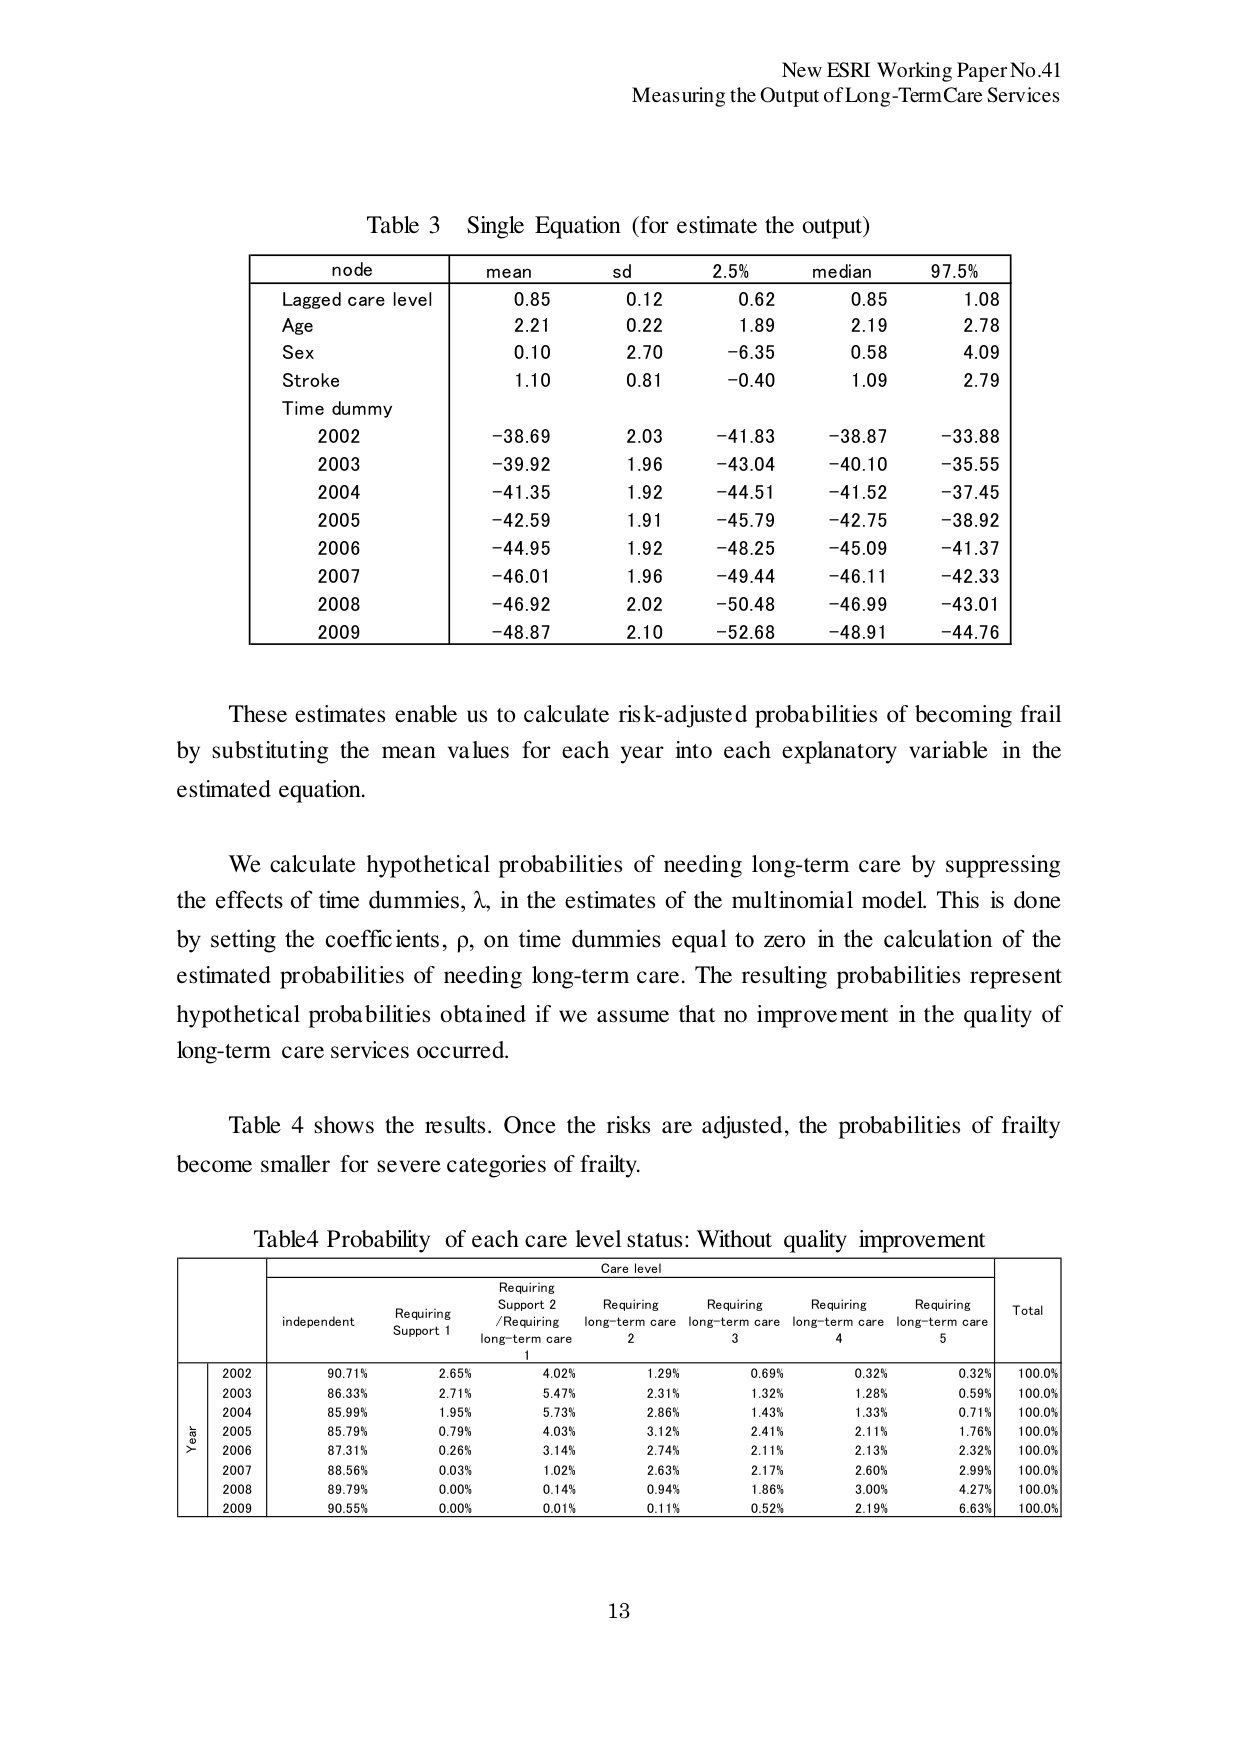
New ESRI Working Paper No.41
Measuring the Output of Long-Term Care Services

Table 3 Single Equation (for estimate the output)

node | mean | sd | 2.5% | median | 97.5%
---|---|---|---|---|---
Lagged care level | 0.85 | 0.12 | 0.62 | 0.85 | 1.08
Age | 2.21 | 0.22 | 1.89 | 2.19 | 2.78
Sex | 0.10 | 2.70 | -6.35 | 0.58 | 4.09
Stroke | 1.10 | 0.81 | -0.40 | 1.09 | 2.79
Time dummy | | | | |
2002 | -38.69 | 2.03 | -41.83 | -38.87 | -33.88
2003 | -39.92 | 1.96 | -43.04 | -40.10 | -35.55
2004 | -41.35 | 1.92 | -44.51 | -41.52 | -37.45
2005 | -42.59 | 1.91 | -45.79 | -42.75 | -38.92
2006 | -44.95 | 1.92 | -48.25 | -45.09 | -41.37
2007 | -46.01 | 1.96 | -49.44 | -46.11 | -42.33
2008 | -46.92 | 2.02 | -50.48 | -46.99 | -43.01
2009 | -48.87 | 2.10 | -52.68 | -48.91 | -44.76

These estimates enable us to calculate risk-adjusted probabilities of becoming frail by substituting the mean values for each year into each explanatory variable in the estimated equation.

We calculate hypothetical probabilities of needing long-term care by suppressing the effects of time dummies, λ, in the estimates of the multinomial model. This is done by setting the coefficients, ρ, on time dummies equal to zero in the calculation of the estimated probabilities of needing long-term care. The resulting probabilities represent hypothetical probabilities obtained if we assume that no improvement in the quality of long-term care services occurred.

Table 4 shows the results. Once the risks are adjusted, the probabilities of frailty become smaller for severe categories of frailty.

Table 4 Probability of each care level status: Without quality improvement

Care level
Year | independent | Requiring Support 1 | Requiring Support 2 / Requiring long-term care 1 | Requiring long-term care 2 | Requiring long-term care 3 | Requiring long-term care 4 | Requiring long-term care 5 | Total
---|---|---|---|---|---|---|---|---
2002 | 90.71% | 2.65% | 4.02% | 1.29% | 0.69% | 0.32% | 0.32% | 100.0%
2003 | 86.33% | 2.71% | 5.47% | 2.31% | 1.32% | 1.28% | 0.59% | 100.0%
2004 | 85.99% | 1.95% | 5.73% | 2.86% | 1.43% | 1.33% | 0.71% | 100.0%
2005 | 85.79% | 0.79% | 4.03% | 3.12% | 2.41% | 2.11% | 1.76% | 100.0%
2006 | 87.31% | 0.26% | 3.14% | 2.74% | 2.11% | 2.13% | 2.32% | 100.0%
2007 | 88.56% | 0.03% | 1.02% | 2.63% | 2.17% | 2.60% | 2.99% | 100.0%
2008 | 89.79% | 0.00% | 0.14% | 0.94% | 1.86% | 3.00% | 4.27% | 100.0%
2009 | 90.55% | 0.00% | 0.01% | 0.11% | 0.52% | 2.19% | 6.63% | 100.0%

13